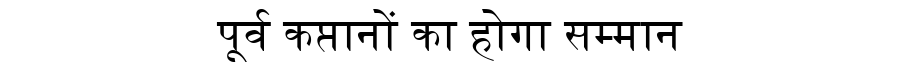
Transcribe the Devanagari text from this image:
पूर्व कप्तानों का होगा सम्मान